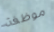
موظفة